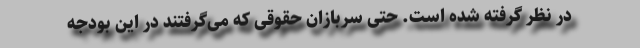
در نظر گرفته شده است. حتی سربازان حقوقی که می‌گرفتند در این بودجه